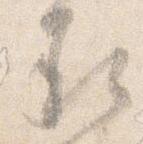
承